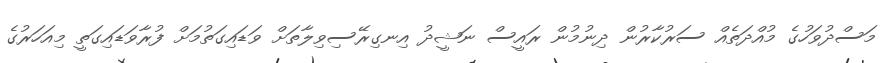
މަސްދުވަހުގެ މުއްދަތެއް ސަރުކާރުން ދިނުމުން ރައީސް ނަޝީދު އިނގިރޭސިވިލާތަށް ވަޑައިގަތުމަށް ފުރާވަޑައިގަތީ މިއަހަރުގެ